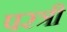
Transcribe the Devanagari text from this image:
परत्री